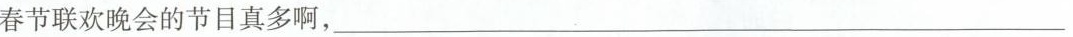
春节联欢晚会的节目真多啊，___